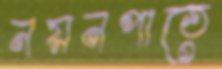
নয়নপাতে